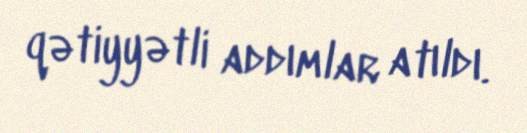
qətiyyətli addımlar atıldı.